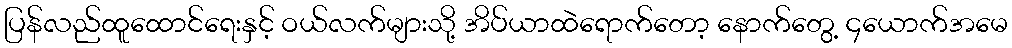
ပြန်လည်ထူထောင်ရေးနှင့် ဝယ်လက်များသို့ အိပ်ယာထဲရောက်တော့ နောက်တွေ့ ၄ယောက်အမေ